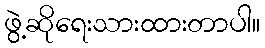
ဖွဲ့ဆိုရေးသားထားတာပါ။